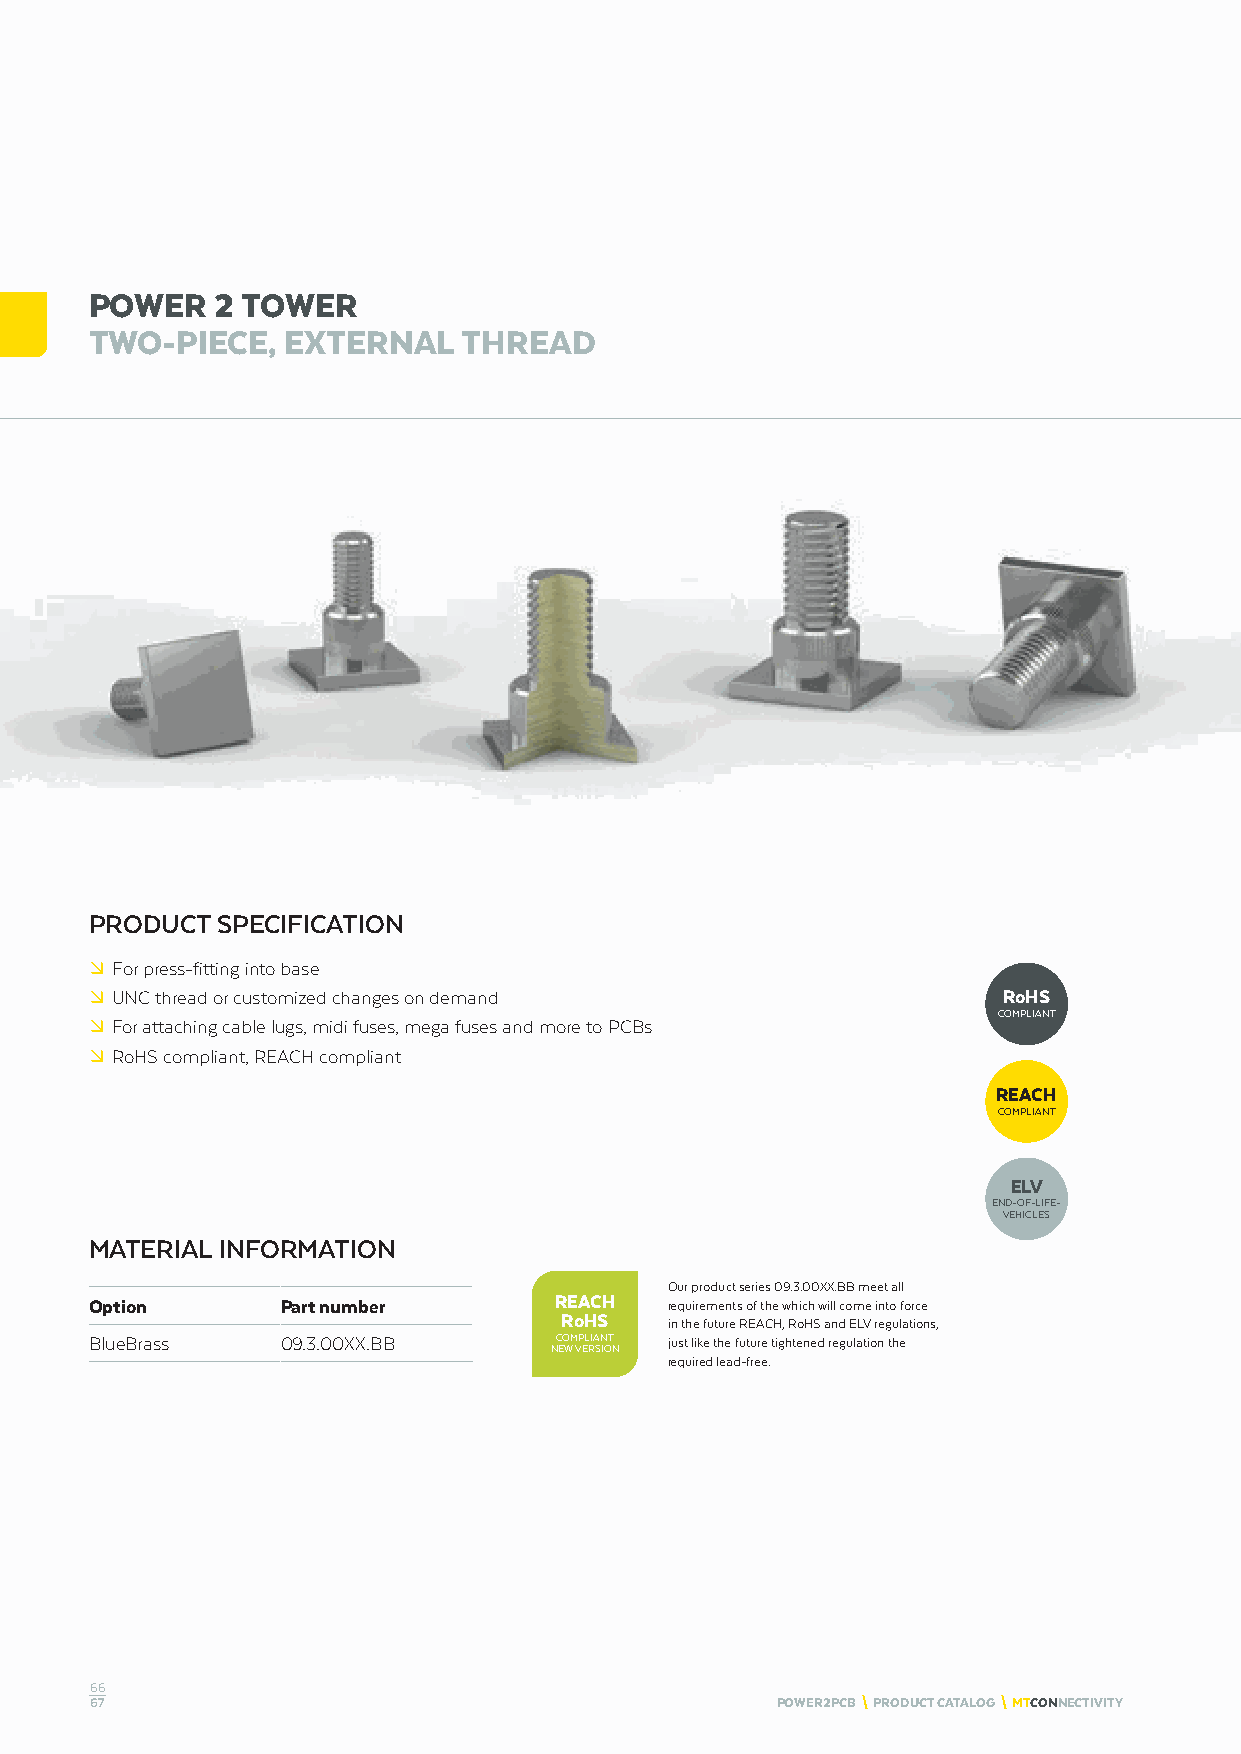
POWER   2 TOWER
 TWO-PIECE,   EXTERNAL    THREAD
 PRODUCT SPECIFICATION
 º For press-fitting into base
 º UNC thread or customized changes on demand                RoHS
 COMPLIANT
 º For attaching cable lugs, midi fuses, mega fuses and more to PCBs
 º RoHS compliant, REACH compliant
 REACH
 COMPLIANT
 ELV
 END-OF-LIFE-
 VEHICLES
 MATERIAL INFORMATION
 Our product series 09.3.00XX.BB meet all
 Option       Part number       REACH  requirements of the which will come into force
 RoHS
 in the future REACH, RoHS and ELV regulations,
 BlueBrass    09.3.00XX.BB      COMPLIANT just like the future tightened regulation the
 NEW VERSION
 required lead-free.
 66
 67                                           POWER2PCB \ PRODUCT CATALOG \ MTCONNECTIVITY